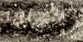
مفاجاة